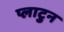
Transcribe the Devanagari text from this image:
प्लाटुन